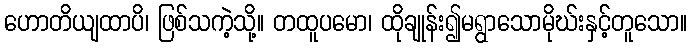
ဟောတိယျထာပိ၊ ဖြစ်သကဲ့သို့။ တထူပမော၊ ထိုချုန်း၍မရွာသောမိုဃ်းနှင့်တူသော။